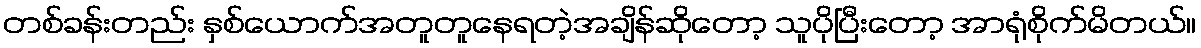
တစ်ခန်းတည်း နှစ်ယောက်အတူတူနေရတဲ့အချိန်ဆိုတော့ သူပိုပြီးတော့ အာရုံစိုက်မိတယ်။